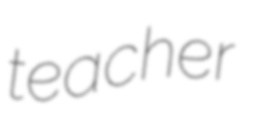
teacher